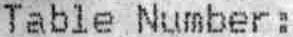
TABLE NUMBER :